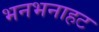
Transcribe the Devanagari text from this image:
भनभनाहट